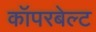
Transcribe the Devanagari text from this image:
कॉपरबेल्ट